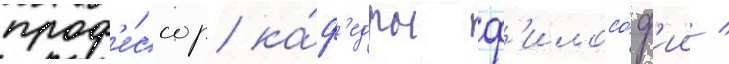
проф'е́ссор ка́ф'едры ф'илосо́ф'ии /